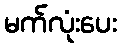
မက်လုံးပေး